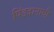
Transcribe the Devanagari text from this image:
पिंडदानाची